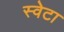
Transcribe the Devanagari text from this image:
स्वेटा